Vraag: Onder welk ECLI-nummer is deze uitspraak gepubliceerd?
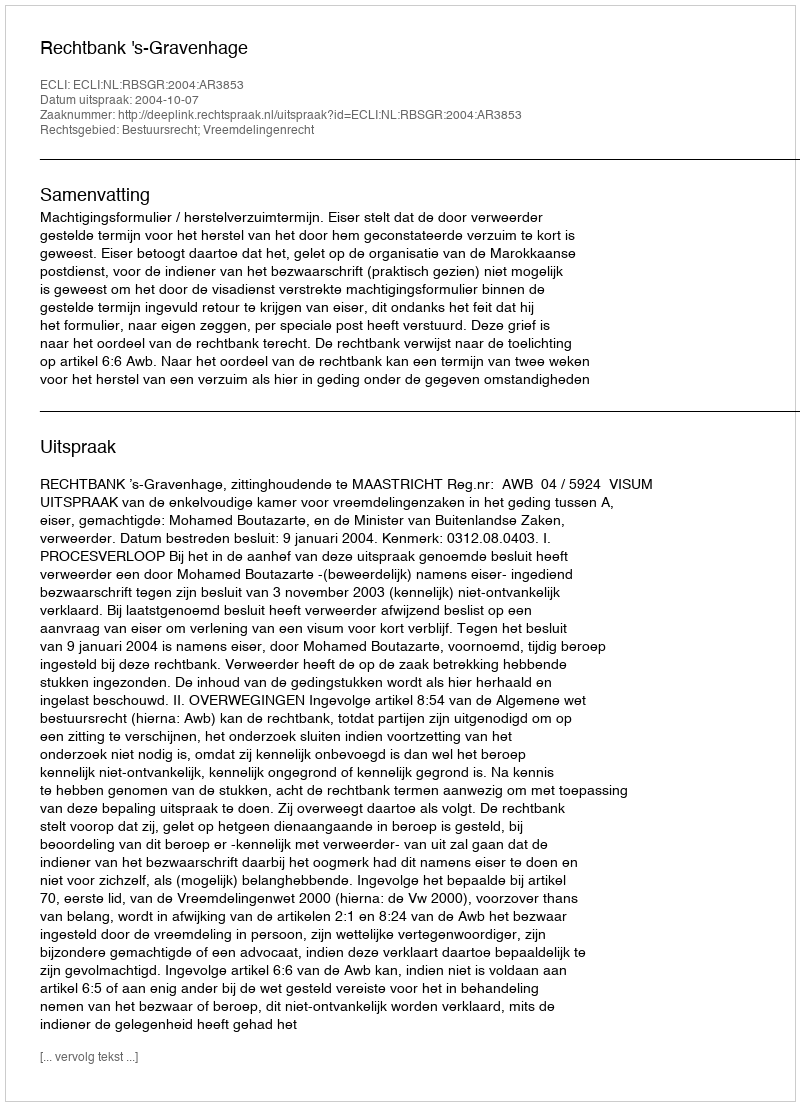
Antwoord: ECLI:NL:RBSGR:2004:AR3853